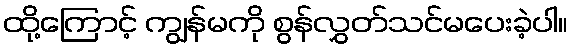
ထို့ကြောင့် ကျွန်မကို စွန်လွှတ်သင်မပေးခဲ့ပါ။